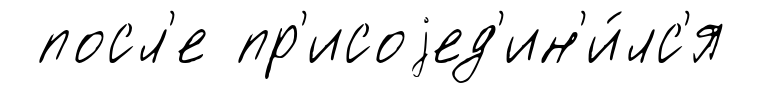
посл'е пр'исоjед'ин'и́лс'я